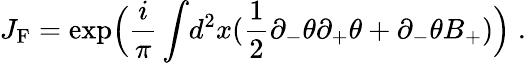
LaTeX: J_{\mathrm{{F}}}=\exp\Bigl(\frac{i}{\pi}\int\! d^{2}x(\frac{1}{2}\partial_{-}\theta\partial_{+}\theta+\partial_{-}\theta B_{+})\Bigr)\; .